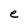
Character: e